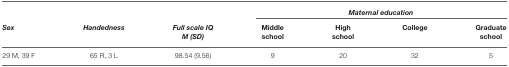
|  |  |  | <COLSPAN=4> Maternal education |
 | Sex | Handedness | Full scale IQ M (SD) | Middle school | High school | College | Graduate school |
 | --- | --- | --- | --- | --- | --- | --- |
 | 29 M, 39 F | 65 R, 3 L | 98.54 (9.56) | 9 | 20 | 32 | 5 |